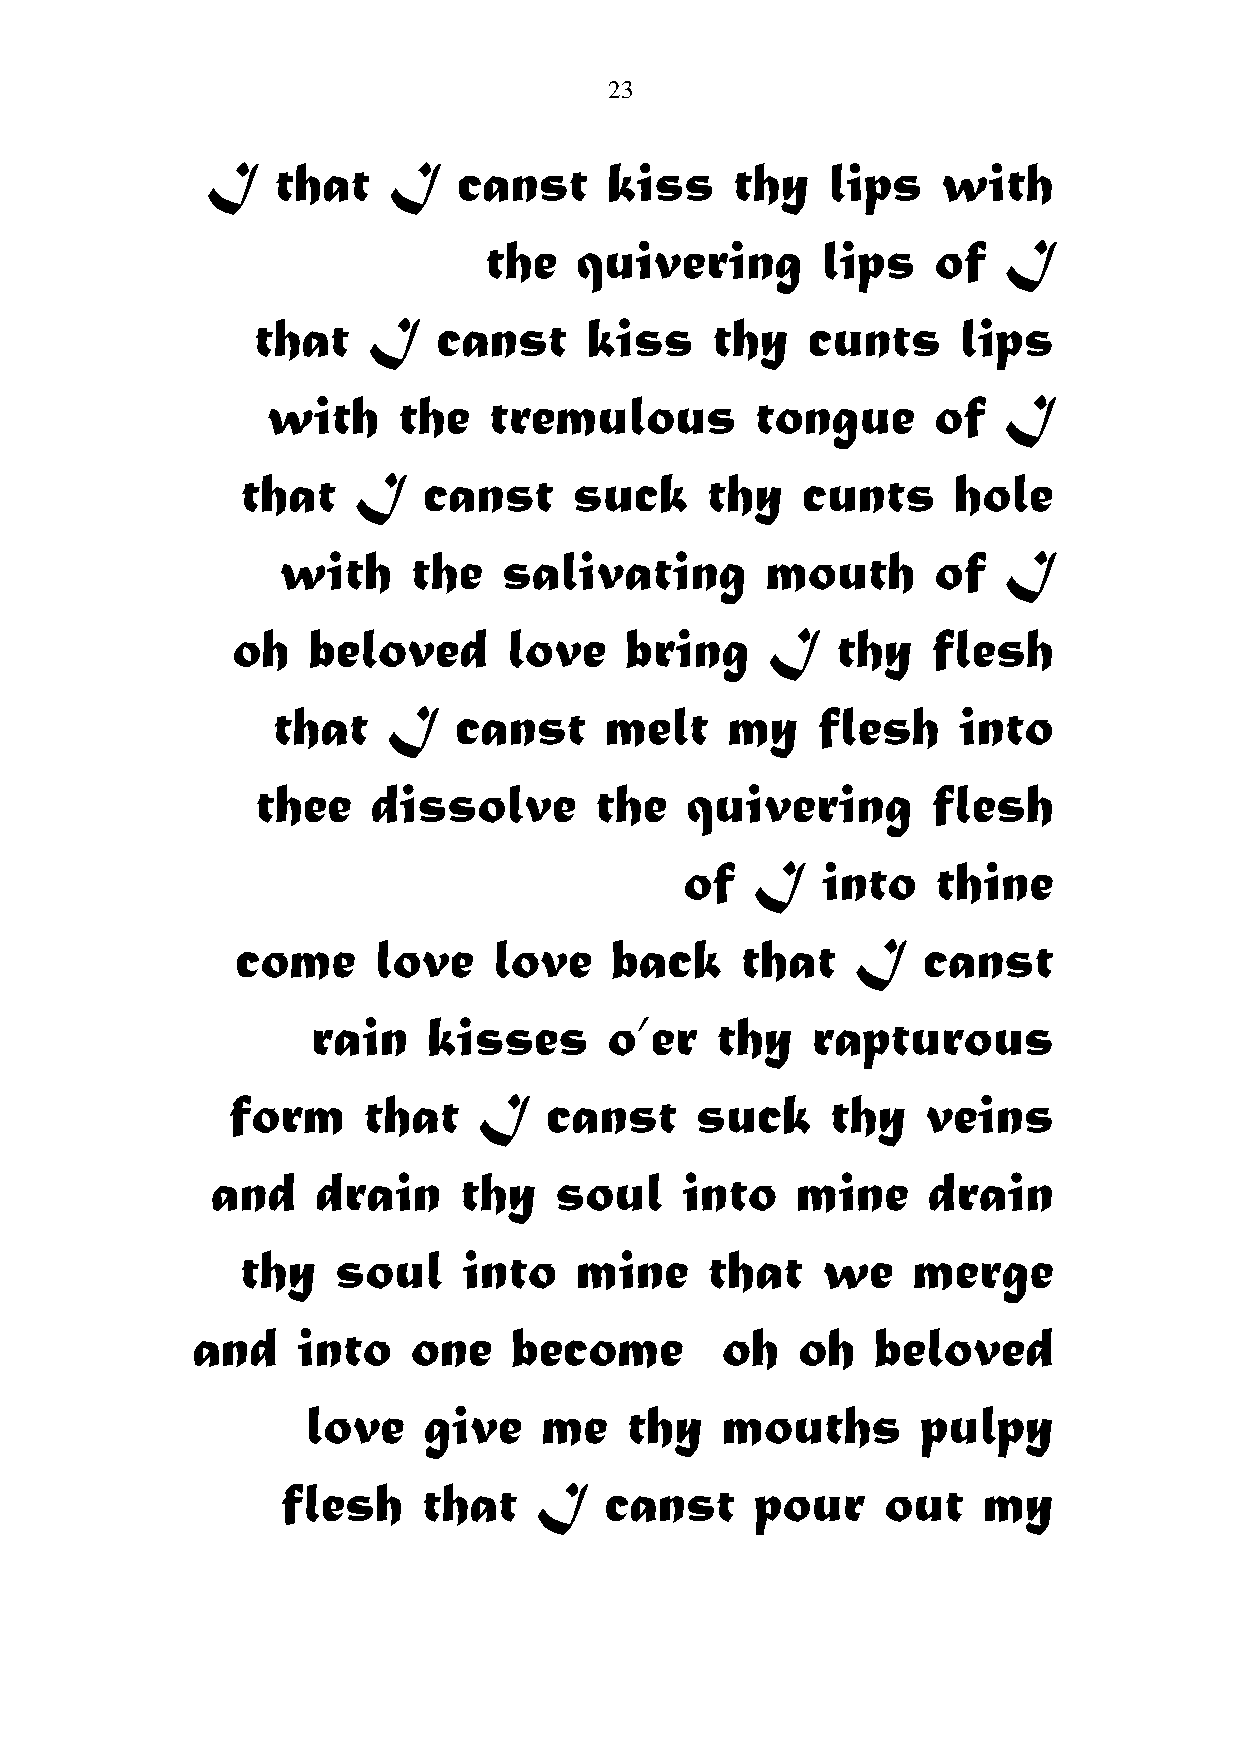
23
 I   that    I   canst     kiss     thy   lips   with
 the   quivering       lips    of   I
 that   I    canst     kiss    thy   cunts     lips
 with    the   tremulous         tongue      of  I
 that    I   canst     suck     thy   cunts     hole
 with     the   salivating        mouth      of  I
 oh   beloved       love   bring     I   thy    flesh
 that    I   canst     melt    my    flesh    into
 thee    dissolve      the   quivering        flesh
 of   I   into    thine
 come     love    love   back     that    I   canst
 rain   kisses      o’er   thy    rapturous
 form     that    I   canst     suck     thy   veins
 and    drain    thy    soul    into    mine    drain
 thy   soul     into   mine     that   we    merge
 and    into   one    become        oh   oh   beloved
 love    give    me   thy    mouths       pulpy
 flesh    that    I   canst     pour    out    my